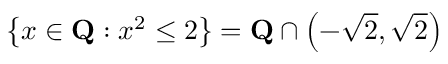
\left\{ x \in \mathbf { Q } : x ^ { 2 } \leq 2 \right\} = \mathbf { Q } \cap \left( - { \sqrt { 2 } } , { \sqrt { 2 } } \right)